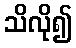
သိလို၍